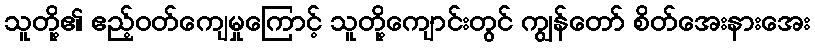
သူတို့၏ ဧည့်ဝတ်ကျေမှုကြောင့် သူတို့ကျောင်းတွင် ကျွန်တော် စိတ်အေးနားအေး